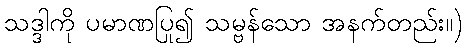
သဒ္ဒါကို ပမာဏပြု၍ သမ္ဗန်သော အနက်တည်း။)